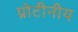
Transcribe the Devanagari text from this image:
प्रोटीनीय